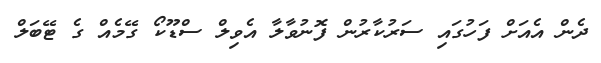
ދެން އެއަށް ފަހުގައި ސަރުކާރުން ފޮނުވާލާ އެވިލް ސްޑޫކޯ ގޭމެއް ގެ ޓޭބަލް